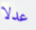
عدلا